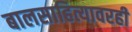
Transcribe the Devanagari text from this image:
बालसाहित्यावरही